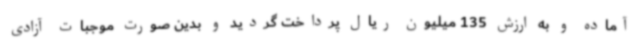
آماده و به ارزش 135 میلیون ریال پرداخت گردید و بدین صورت موجبات آزادی